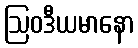
ဩဝဒီယမာနော